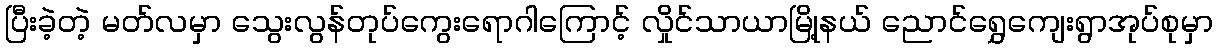
ပြီးခဲ့တဲ့ မတ်လမှာ သွေးလွန်တုပ်ကွေးရောဂါကြောင့် လှိုင်သာယာမြို့နယ် ညောင်ရွှေကျေးရွာအုပ်စုမှာ